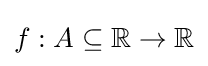
f:A\subseteq \mathbb {R} \to \mathbb {R}